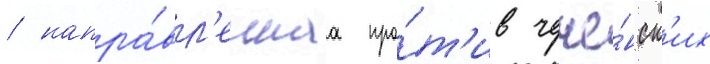
/ напра́вл'еннаа про́т'ив чече́нск'их